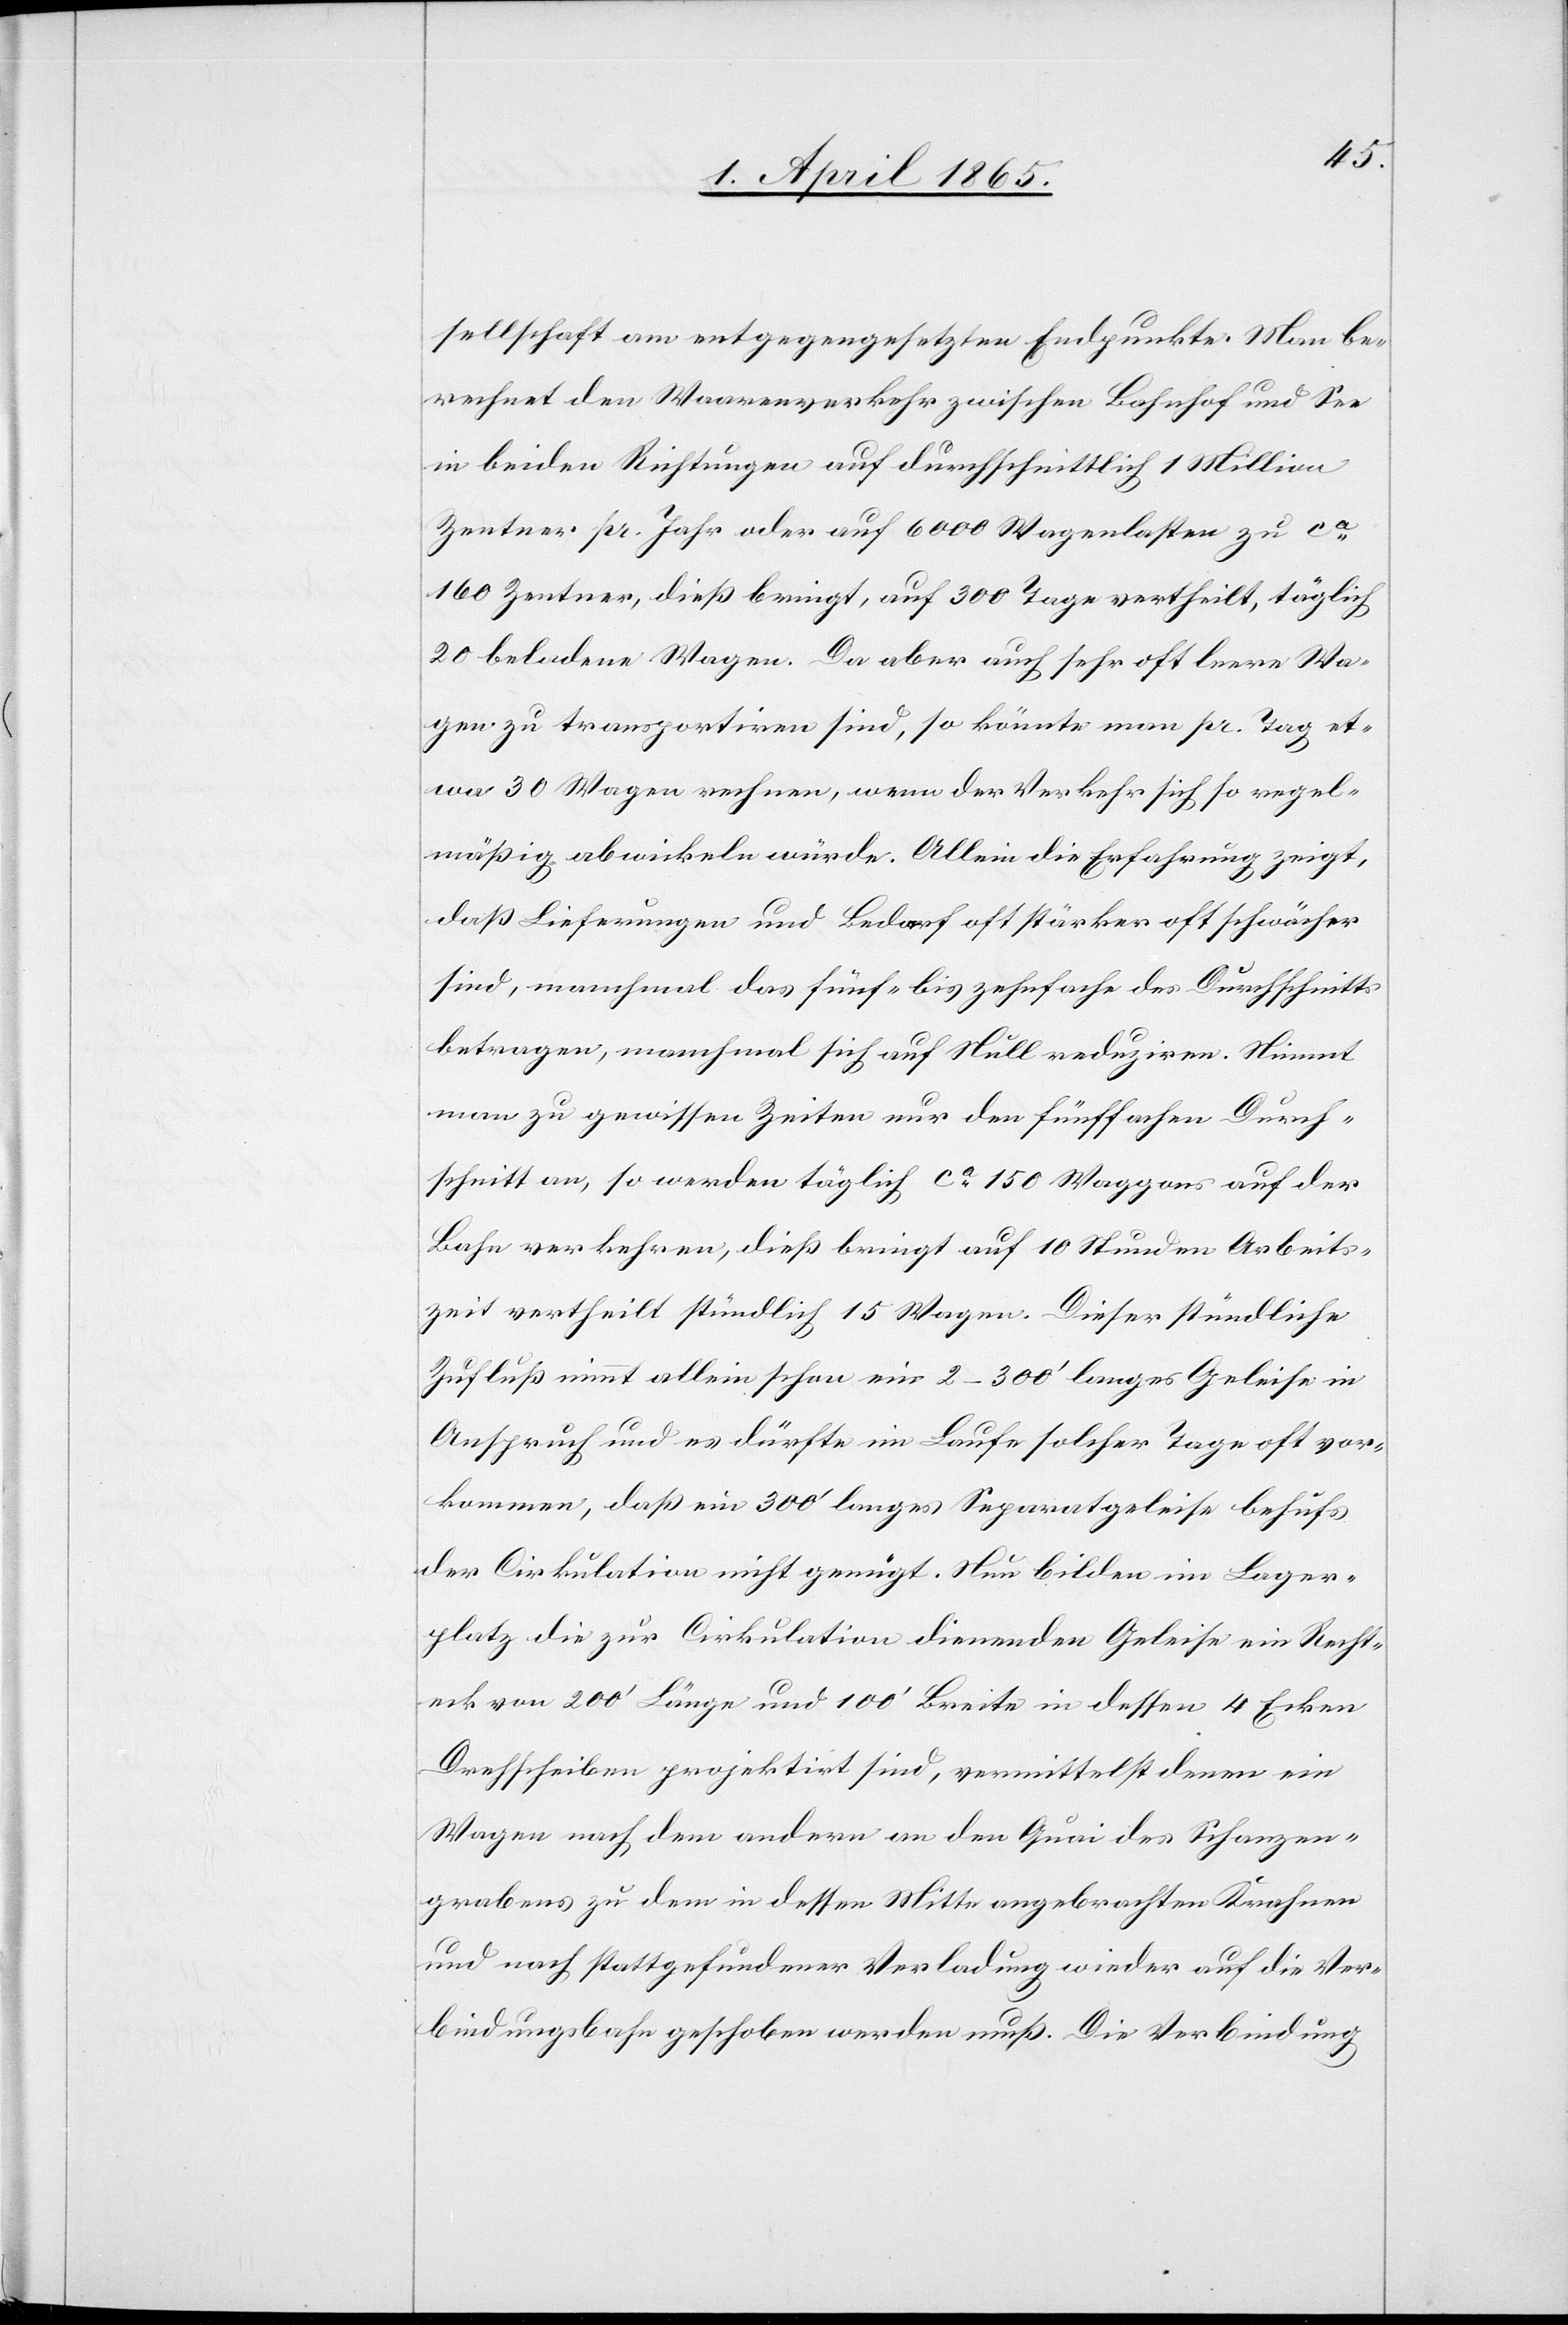
sellschaft am entgegengesetzten Endpunkte. Man be¬
rechnet den Waarenverkehr zwischen Bahnhof und See
in beiden Richtungen auf durchschnittlich 1 Million
Zentner pr. Jahr oder auf 6000 Wagenlasten zu ca
160 Zentner, dieß bringt, auf 300 Tage vertheilt, täglich
20 beladene Wagen. Da aber auch sehr oft leere Wa¬
gen zu transportiren sind, so könnte man pr. Tag et¬
wa 30 Wagen rechnen, wenn der Verkehr sich so regel¬
mäßig abwickeln würde. Allein die Erfahrung zeigt,
daß Lieferungen und Bedarf oft stärker oft schwächer
sind, manchmal das fünf- bis zehnfache des Durchschnitts
betragen, manchmal sich auf Null reduziren. Nimmt
man zu gewissen Zeiten nur den fünffachen Durch¬
schnitt an, so werden täglich ca 150 Waggons auf der
Bahn verkehren, dieß bringt auf 10 Stunden Arbeits¬
zeit vertheilt stündlich 15 Wagen. Dieser stündliche
Zufluß nimmt allein schon ein 2–300’ langes Geleise in
Anspruch und es dürfte im Laufe solcher Tage oft vor¬
kommen, daß ein 300’ langes Separatgeleise behufs
der Cirkulation nicht genügt. Nun bilden im Lager¬
platz die zur Cirkulation dienenden Geleise ein Recht¬
eck von 200’ Länge und 100’ Breite in dessen 4 Ecken
Drehscheiben projektirt sind, vermittelst denen ein
Wagen nach dem andern an den Quai des Schanzen¬
grabens zu dem in dessen Mitte angebrachten Krahnen
und nach stattgefundener Verladung wieder auf die Ver¬
bindungsbahn geschoben werden muß. Die Verbindung